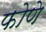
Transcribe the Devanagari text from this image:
फोणे